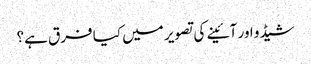
شیڈو اور آئینے کی تصویر میں کیا فرق ہے؟